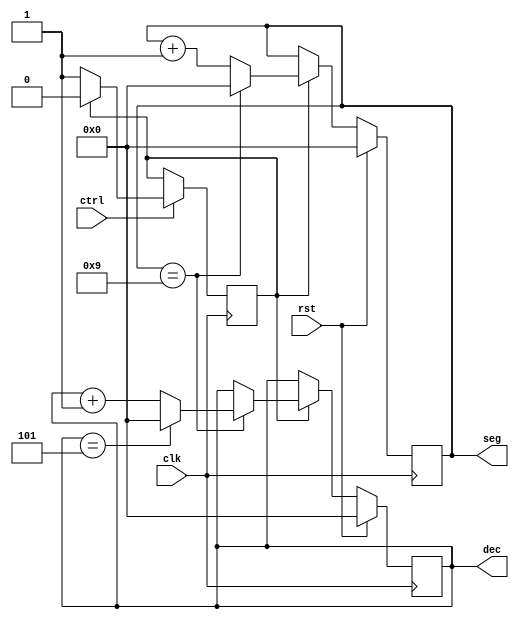
/*
 * Antonio Aguilar
 * Contador 60 segundos
*/

module cron60s(input clk, ctrl, rst, output reg[3:0] seg, dec);
	reg state;
	parameter pause = 0, run = 1;
	
	always @(posedge clk)
	begin
		if (ctrl)
			begin
				if (state == run)
					state = pause;
				else
					state = run;
			end
	end
	
	always @(posedge clk)
	begin
		if (rst)
			{seg, dec} = 0;
		else if (state == run)
			if (seg == 9)
				begin
					seg = 0;
					if (dec == 5)
					begin
						dec = 0;
					end
					else
						dec = dec + 1;
				end
			else
				seg = seg + 1;
	end
	
endmodule